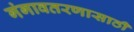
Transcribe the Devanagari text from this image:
गंगावतरणासाठी